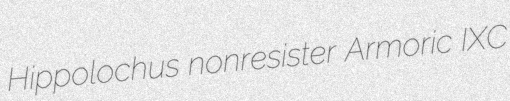
Hippolochus nonresister Armoric IXC